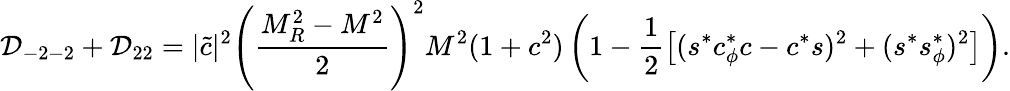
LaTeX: {\cal D}_{-2-2}+{\cal D}_{22}=|\tilde{c}|^{2}\left(\frac{M_{R}^{2}-M^{2}}{2}\right)^{2}M^{2}(1+c^{2})\left(1-\frac{1}{2}\left[(s^{*}c_{\phi}^{*}c-c^{*}s)^{2}+(s^{*}s_{\phi}^{*})^{2}\right]\right).